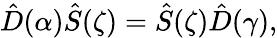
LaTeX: \begin{array}{r}{\hat{D}(\alpha)\hat{S}(\zeta)=\hat{S}(\zeta)\hat{D}(\gamma),}\end{array}